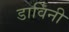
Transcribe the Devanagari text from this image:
डार्विनी